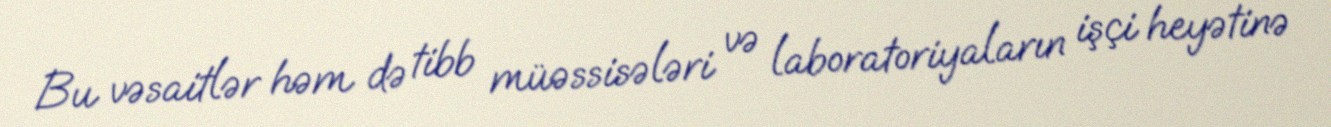
Bu vəsaitlər həm də tibb müəssisələri və laboratoriyaların işçi heyətinə